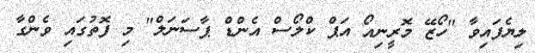
ލިޔެފައިވާ "ހޯޒޭ މޮރީނިއޯ އަޕް ކްލޯސް އެންޑް ޕާސަނަލް" މި ފޮތުގައި ވެންގާ